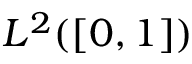
L ^ { 2 } ( [ 0 , 1 ] )